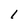
Character: l